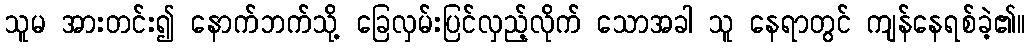
သူမ အားတင်း၍ နောက်ဘက်သို့ ခြေလှမ်းပြင်လှည့်လိုက် သောအခါ သူ နေရာတွင် ကျန်နေရစ်ခဲ့၏။